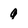
Character: 9